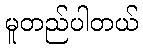
မူတည်ပါတယ်